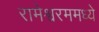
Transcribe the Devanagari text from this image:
रामेश्वरममध्ये